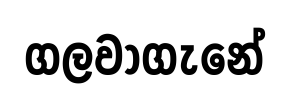
ගලවාගැනේ